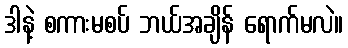
ဒါနဲ့ စကားမစပ် ဘယ်အချိန် ရောက်မလဲ။